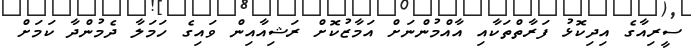
ސީރިއާގެ އިދިކޮޅު ފަރާތްތަކާއި އާއްމުންނަށް އަމާޒުކޮށް ރަޝިއާއިން ވައިގެ ހަމަލާ ދެމުންދާ ކަމަށް